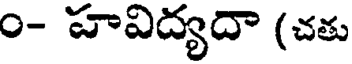
0- హవిద్యదా (చతు